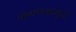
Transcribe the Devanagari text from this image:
वागण्यामुळे